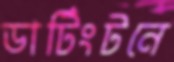
ডার্টিংটনে